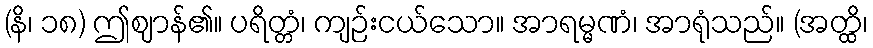
(နိ၊ ၁၈) ဤဈာန်၏။ ပရိတ္တံ၊ ကျဉ်းငယ်သော။ အာရမ္မဏံ၊ အာရုံသည်။ (အတ္ထိ၊